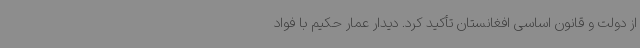
از دولت و قانون اساسی افغانستان تأکید کرد. دیدار عمار حکیم با فواد